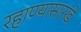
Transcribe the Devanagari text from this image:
रहाण्यासारखे